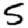
Digit: 5